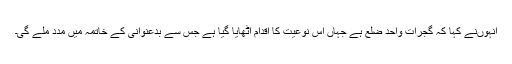
انہوںنے کہا کہ گجرات واحد ضلع ہے جہاں اس نوعیت کا اقدام اٹھایا گیا ہے جس سے بدعنوانی کے خاتمہ میں مدد ملے گی۔